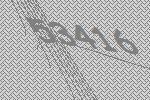
53416